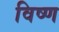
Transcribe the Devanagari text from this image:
विष्ण